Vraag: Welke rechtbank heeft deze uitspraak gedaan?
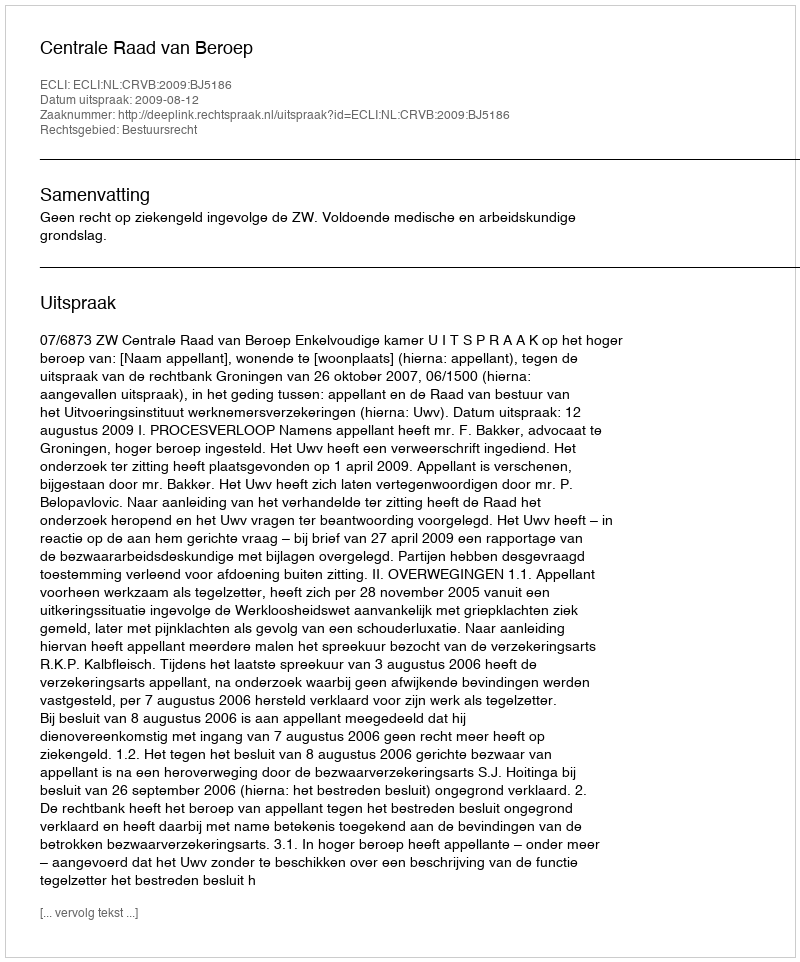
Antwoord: Centrale Raad van Beroep